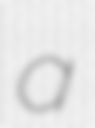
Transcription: a